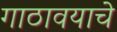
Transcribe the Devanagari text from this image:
गाठावयाचे